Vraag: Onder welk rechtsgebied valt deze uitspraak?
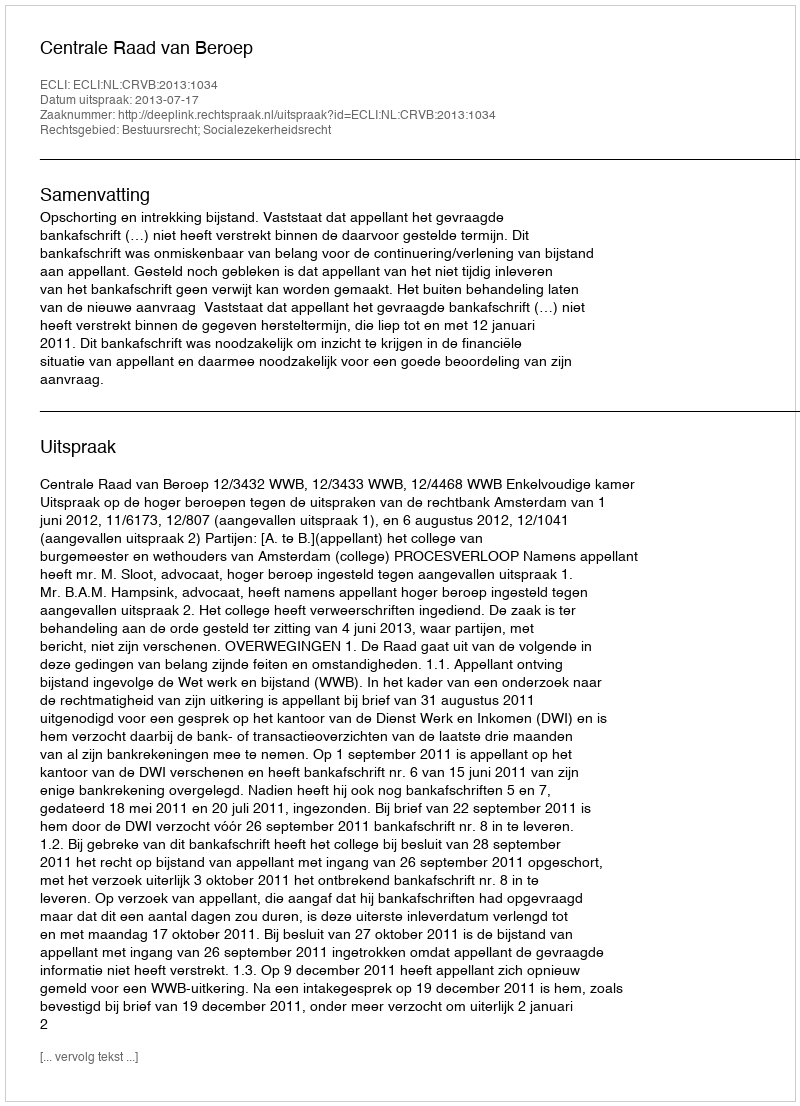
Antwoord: Bestuursrecht; Socialezekerheidsrecht